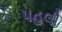
પહલી